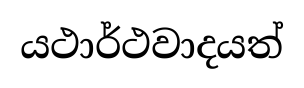
යථාර්ථවාදයත්